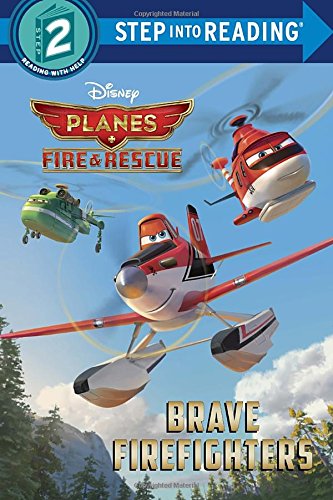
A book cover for Brave Firefighters (Disney Planes: Fire & Rescue) (Step into Reading); RH Disney; Children's Books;